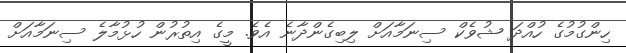
ހިންގުމުގެ ހުއްދަ ޝުވެކް ސިނަމާއަށް ލިބިގެންދާނެ އެވެ. މީގެ އިތުރުން ހުޅުމާލެ ސިނަމާއަށް